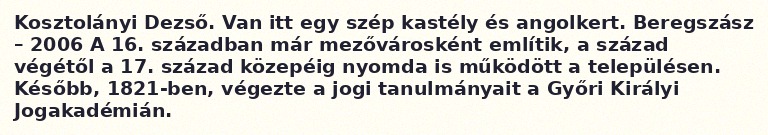
Kosztolányi Dezső. Van itt egy szép kastély és angolkert. Beregszász – 2006 A 16. században már mezővárosként említik, a század végétől a 17. század közepéig nyomda is működött a településen. Később, 1821-ben, végezte a jogi tanulmányait a Győri Királyi Jogakadémián.